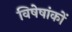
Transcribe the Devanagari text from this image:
विषेषांकों